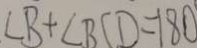
\angle B + \angle B C D = 1 8 0